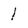
Character: 1